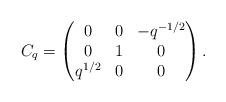
LaTeX: \begin{align*} C_q = \begin{pmatrix} 0 & 0 & -q^{-1/2} \\ 0 & 1 & 0 \\ q^{1/2} & 0 & 0 \end{pmatrix}.\end{align*}